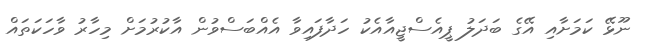
ނޫޅޭ ކަމަށާއި އޭގެ ބަދަލު ޕީއެސްޖީއާއެކު ހަދާފައިވާ އެއްބަސްވުން އާކުރުމަށް މިހާރު ވާހަކަތައް